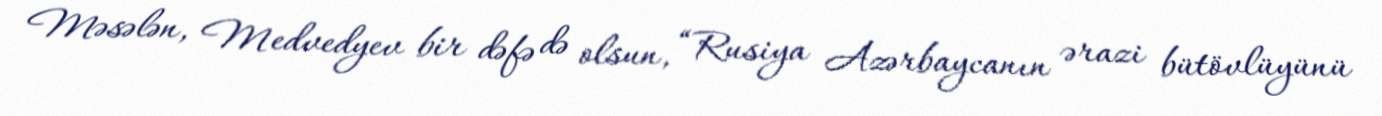
Məsələn, Medvedyev bir dəfə də olsun, “Rusiya Azərbaycanın ərazi bütövlüyünü